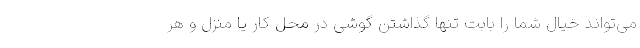
می‌تواند خیال شما را بابت تنها گذاشتن گوشی در محل کار یا منزل و هر